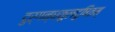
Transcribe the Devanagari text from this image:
दुर्गन्धकुलदूषितम्